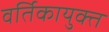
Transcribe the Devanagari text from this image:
वर्तिकायुक्त